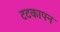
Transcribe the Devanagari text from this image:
टटकापन